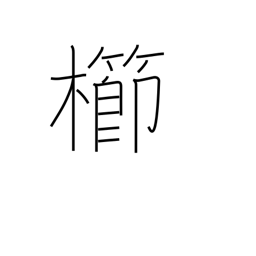
Meaning: comb